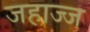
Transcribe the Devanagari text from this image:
जहाज्ज